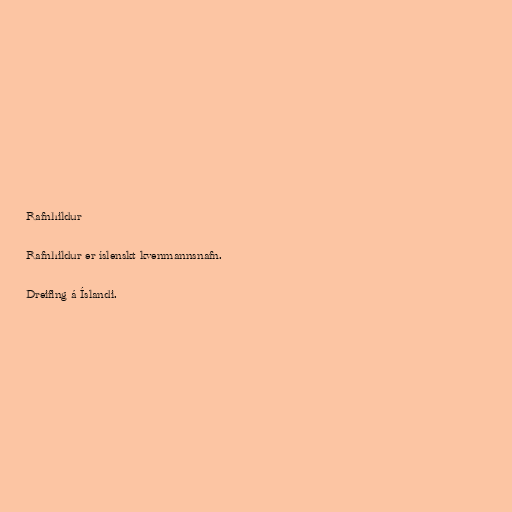
Rafnhildur

Rafnhildur er íslenskt kvenmannsnafn.

Dreifing á Íslandi.